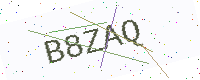
Text: B8ZAQ